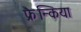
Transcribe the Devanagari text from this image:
फ्रैन्किया